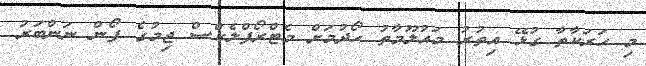
މި ހަރަކާތާ ގުޅޭ އިތުރު މައުލޫމާތު ހޯދުމަށް މެޓްރޯފްލެކްސް ޖިމުގެ ފޯން ނަންބަރު